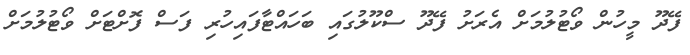
ފޭދޫ މީހުން ވޯޓުލުމަށް އެރަށު ފޭދޫ ސްކޫލުގައި ބަހައްޓާފައިހުރި ފަސް ފޮށްޓަށް ވޯޓުލުމަށް